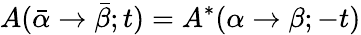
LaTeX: A(\bar{\alpha}\rightarrow\bar{\beta};t)=A^{*}(\alpha\rightarrow\beta;-t)